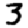
Digit: 3